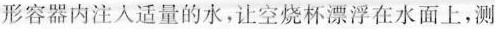
形容器内注入适量的水，让空烧杯漂浮在水面上，测